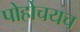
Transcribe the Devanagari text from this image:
पोहोचयच